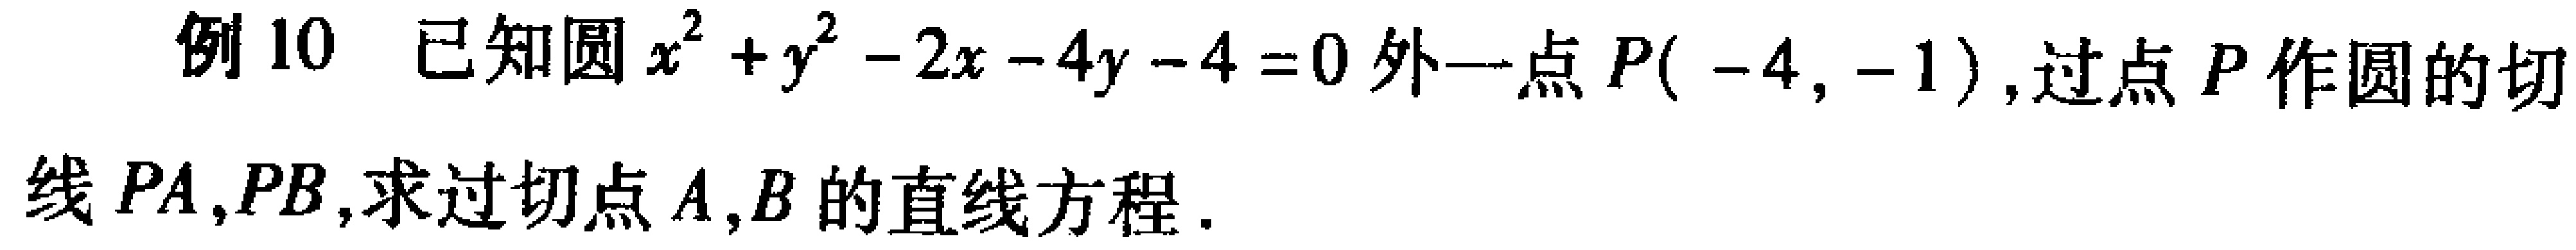
例10 已知圆\(x^{2}+y^{2}-2x - 4y - 4 = 0\)外一点\(P(-4,-1)\)，过点\(P\)作圆的切线\(PA,PB\)，求过切点\(A,B\)的直线方程.